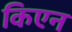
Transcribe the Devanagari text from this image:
किएन